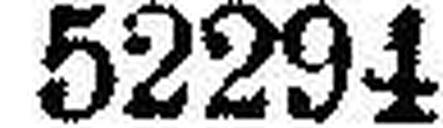
52294